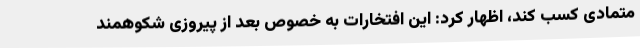
متمادی کسب کند، اظهار کرد: این افتخارات به خصوص بعد از پیروزی شکوهمند